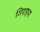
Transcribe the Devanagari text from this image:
जिराइया